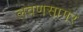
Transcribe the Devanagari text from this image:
लवणसागर